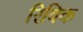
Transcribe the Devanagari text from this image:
रिविक